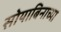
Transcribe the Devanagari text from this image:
सोयाबिनाच्या